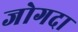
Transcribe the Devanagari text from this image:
जोगदा